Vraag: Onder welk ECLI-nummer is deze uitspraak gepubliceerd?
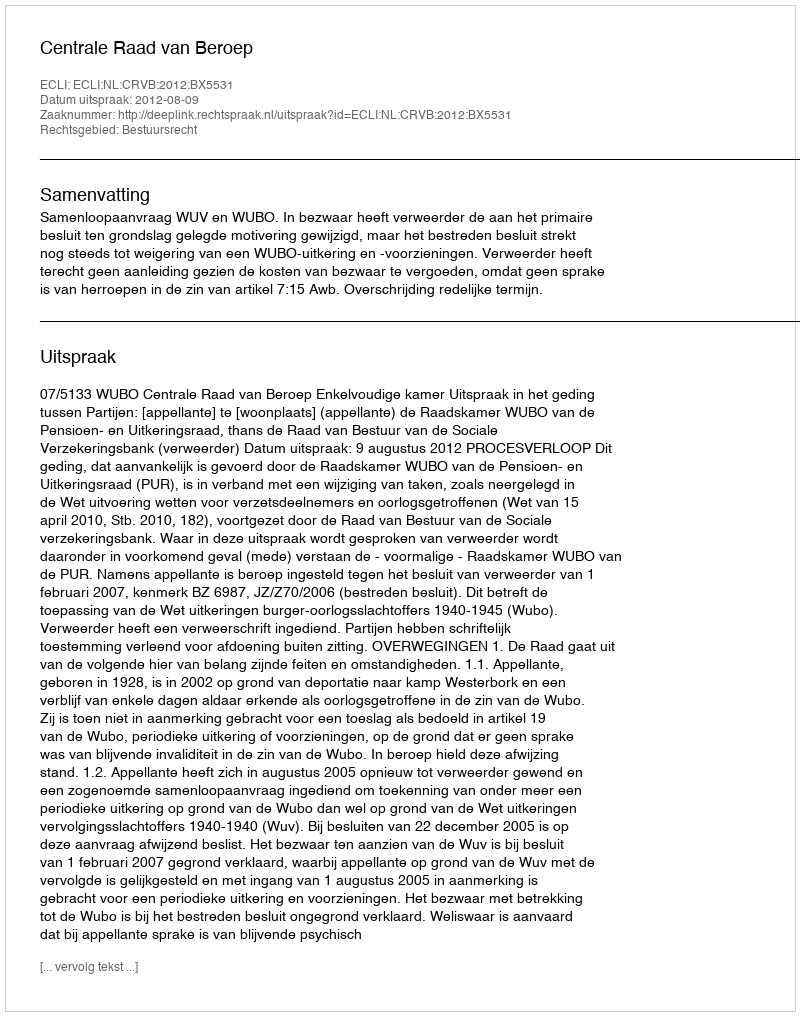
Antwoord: ECLI:NL:CRVB:2012:BX5531